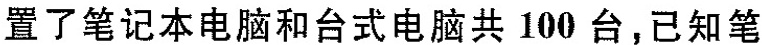
置了笔记本电脑和台式电脑共100台，已知笔